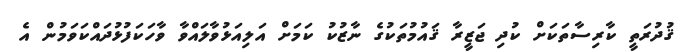
ޤުދުރަތީ ކާރިސާތަކަށް ކުދި ޖަޒީރާ ޤައުމުތަކުގެ ނާޒުކު ކަމަށް އަލިއަޅުވާލައްވާ ވާހަކަފުޅުދައްކަވަމުން އެ